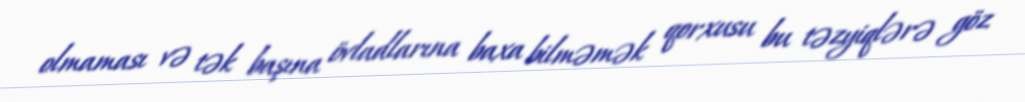
olmaması və tək başına övladlarına baxa bilməmək qorxusu bu təzyiqlərə göz